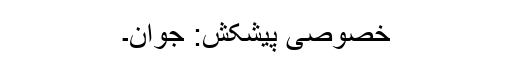
خصوصی پیشکش: جوان۔